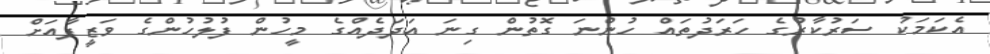
އެކަމަކު ސަރުކާރުގެ ހަރަދުތައް ހުންނަ ގޮތުން ގިނަ އަދަދެއްގެ މީހުން ފުލުހުންގެ ވަޒީފާއަށް